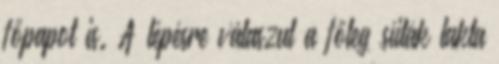
főpapot is. A lépésre válaszul a főleg síiták lakta